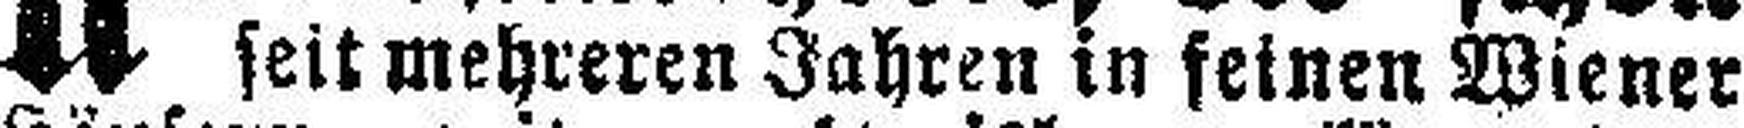
seit mehreren Jahren in seinen Wiener